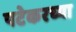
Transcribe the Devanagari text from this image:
पटेकरच्या